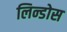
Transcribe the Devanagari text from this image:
लिन्डोस